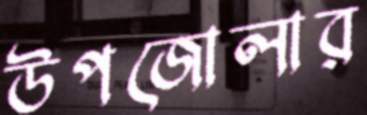
উপজোলার